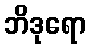
ဘိဒုရော